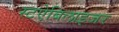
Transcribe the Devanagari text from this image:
स्टऐबिलाइजर